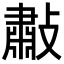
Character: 㪩